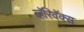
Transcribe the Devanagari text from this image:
व्हॅरिवॅक्स